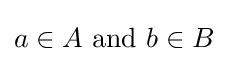
a\in A{\text{ and }}b\in B